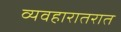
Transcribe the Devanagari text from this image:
व्यवहारातरात